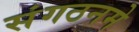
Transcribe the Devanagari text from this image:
संगठनमे